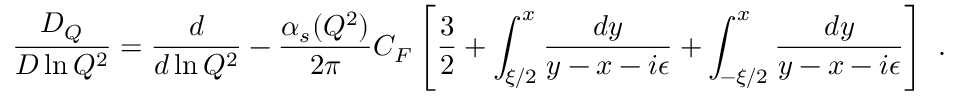
{ \frac { D _ { Q } } { D \ln Q ^ { 2 } } } = { \frac { d } { d \ln Q ^ { 2 } } } - { \frac { \alpha _ { s } ( Q ^ { 2 } ) } { 2 \pi } } C _ { F } \left[ { \frac { 3 } { 2 } } + \int _ { \xi / 2 } ^ { x } { \frac { d y } { y - x - i \epsilon } } + \int _ { - \xi / 2 } ^ { x } { \frac { d y } { y - x - i \epsilon } } \right] \ .